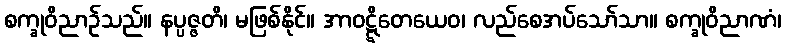
စက္ခုဝိညာဉ်သည်။ နပ္ပဇ္ဇတိ၊ မဖြစ်နိုင်။ အာဝဋ္ဋိတေယေဝ၊ လည်စေအပ်သော်သာ။ စက္ခုဝိညာဏံ၊